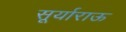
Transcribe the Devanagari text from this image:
सूर्याराऊ